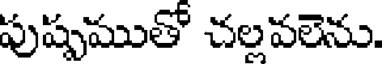
పుష్పముతో చల్లవలెను.